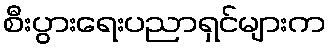
စီးပွားရေးပညာရှင်များက